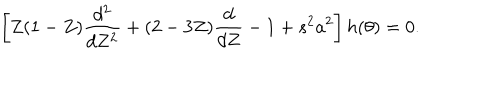
\left[ Z ( 1 - Z ) \frac { d ^ { 2 } } { d Z ^ { 2 } } + ( 2 - 3 Z ) \frac { d } { d Z } - 1 + s ^ { 2 } a ^ { 2 } \right] h ( \theta ) = 0 .